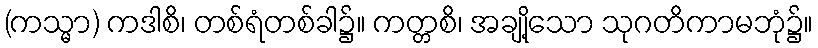
(ကသ္မာ) ကဒါစိ၊ တစ်ရံတစ်ခါ၌။ ကတ္တစိ၊ အချို့သော သုဂတိကာမဘုံ၌။